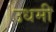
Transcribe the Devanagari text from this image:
उधमी